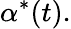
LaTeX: \alpha^{*}(t).